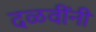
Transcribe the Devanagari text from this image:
दळवींनी